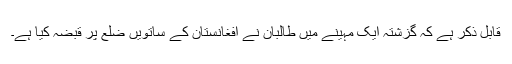
قابل ذکر ہے کہ گزشتہ ایک مہینے میں طالبان نے افغانستان کے ساتویں ضلع پر قبضہ کیا ہے۔